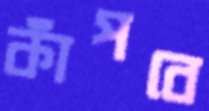
কাঁপবে